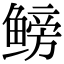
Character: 鳑